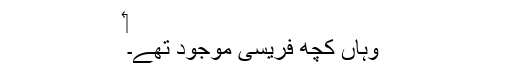
‏
وہاں کچھ فریسی موجود تھے۔